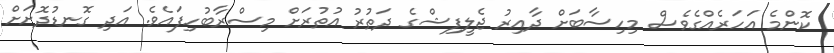
ކޮންމެ އަހަރެއްގެވެސް މިހިސާބަށް ދާއިރު ޖެލީފިޝްގެ ދަތުރު އުތުރަށް މިސްރާބުހިފައެވެ. އަދި ގޮނޑުދޮށަށް